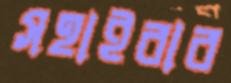
সহাইবার